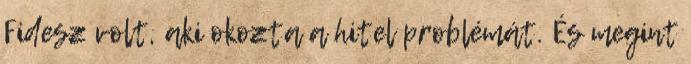
Fidesz volt, aki okozta a hitel problémát. És megint